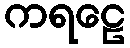
ကရဠေ